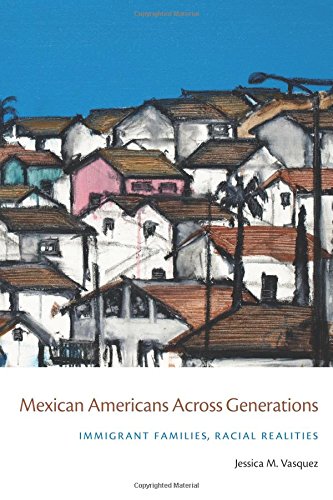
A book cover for Mexican Americans Across Generations: Immigrant Families, Racial Realities; Jessica M. Vasquez; History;